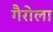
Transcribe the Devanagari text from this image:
गैरोला